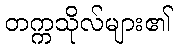
တက္ကသိုလ်များ၏